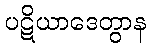
ပဋိယာဒေတွာန